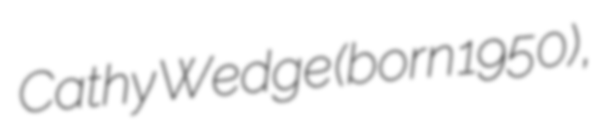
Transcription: Cathy Wedge (born 1950),